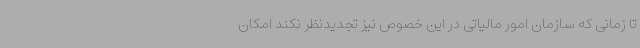
تا زمانی که سازمان امور مالیاتی در این خصوص نیز تجدیدنظر نکند امکان